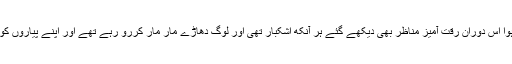
شھداء کی تعداد زیادہ ہونے کیوجہ سے تدفین کا عمل کئی گھنٹوں کے بعد مکمل ہوا اس دوران رقت آمیز مناظر بھی دیکھے گئے ہر آنکھ اشکبار تھی اور لوگ دھاڑے مار مار کررو رہے تھے اور اپنے پیاروں کو اپنے ہاتھوں سے ہمیشہ ہمیشہ کیلئے منوں ٹن مٹی کے نیچے دفن کر رہے تھے۔